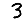
Digit: 3